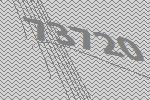
73720